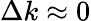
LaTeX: \Delta k\approx 0